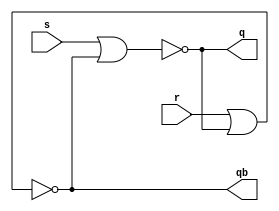
`timescale 1ns / 1ps

module RS_Latch_NOR(
    input r,s,
    output q,qb
    );
    
    nor g1(q,s,qb);
    nor g2(qb,r,q);
endmodule